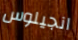
انجيلوس